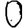
Digit: 0